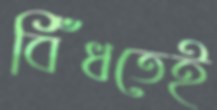
বিঁধতেই